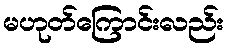
မဟုတ်ကြောင်းလည်း